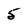
Character: 5